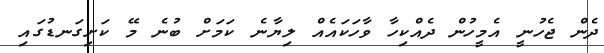
ދެން ޖެހުނީ އެމީހުން ދެއްކިހާ ވާހަކައެއް ލިޔާނެ ކަމަށް ބުނެ މޭ ކަށިގަނޑުގައި